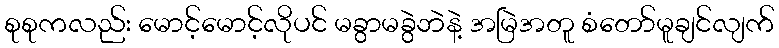
စုစုကလည်း မောင့်မောင့်လိုပင် မခွာမခွဲဘဲနဲ့ အမြဲအတူ စံတော်မူချင်လျက်